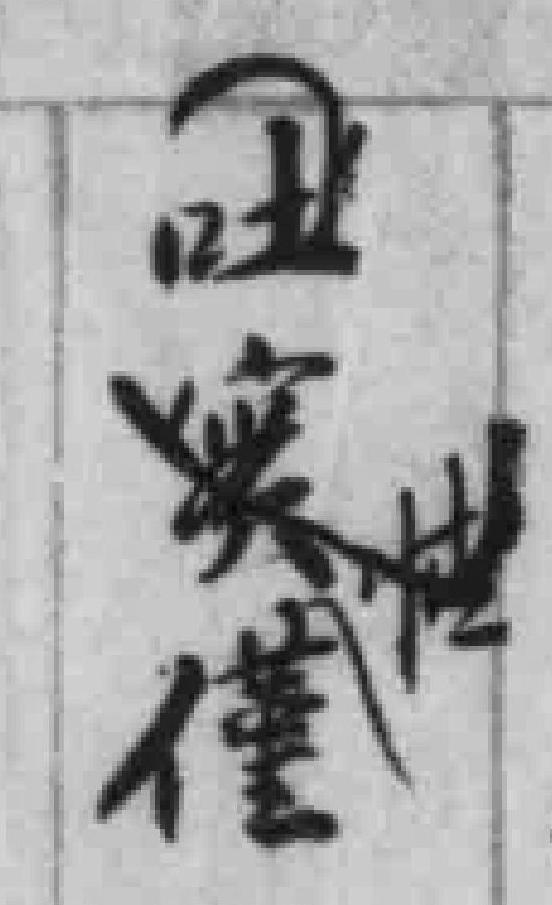
吐*僅